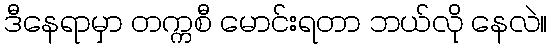
ဒီနေရာမှာ တက္ကစီ မောင်းရတာ ဘယ်လို နေလဲ။